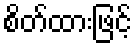
စိတ်ထားဖြင့်